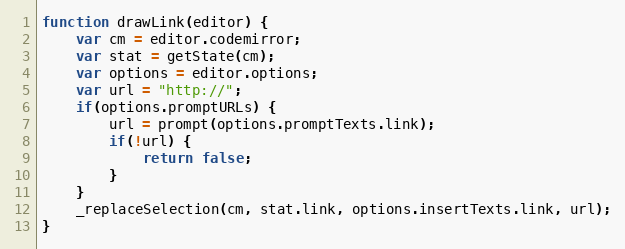
Language: JavaScript
function drawLink(editor) {
	var cm = editor.codemirror;
	var stat = getState(cm);
	var options = editor.options;
	var url = "http://";
	if(options.promptURLs) {
		url = prompt(options.promptTexts.link);
		if(!url) {
			return false;
		}
	}
	_replaceSelection(cm, stat.link, options.insertTexts.link, url);
}